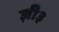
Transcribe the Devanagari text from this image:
ज़ी३